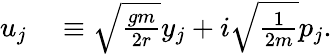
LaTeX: \begin{array}{rl}{u_{j}}&{{}\equiv\sqrt{\frac{gm}{2r}}y_{j}+i\sqrt{\frac{1}{2m}}p_{j}.}\end{array}